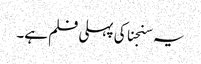
یہ سنجنا کی پہلی فلم ہے۔